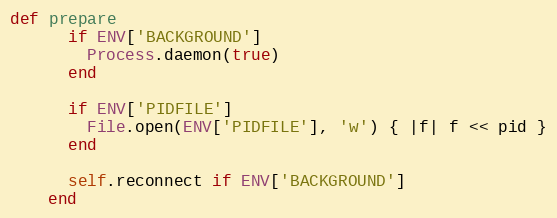
Language: Ruby
def prepare
      if ENV['BACKGROUND']
        Process.daemon(true)
      end

      if ENV['PIDFILE']
        File.open(ENV['PIDFILE'], 'w') { |f| f << pid }
      end

      self.reconnect if ENV['BACKGROUND']
    end